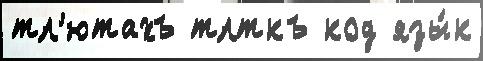
тл'ютахъ тлткъ код язы́к